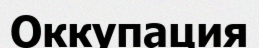
Оккупация